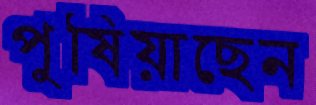
পুষিয়াছেন